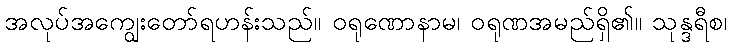
အလုပ်အကျွေးတော်ရဟန်းသည်။ ဝရုဏောနာမ၊ ဝရုဏအမည်ရှိ၏။ သုန္ဒရီစ၊